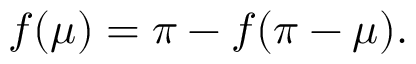
f ( \mu ) = \pi - f ( \pi - \mu ) .